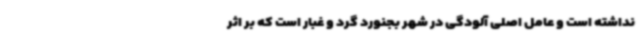
نداشته است و عامل اصلی آلودگی در شهر بجنورد گرد و غبار است که بر اثر